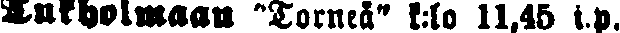
Tukholmaan "Torneå" k:lo 11,45 i.p.